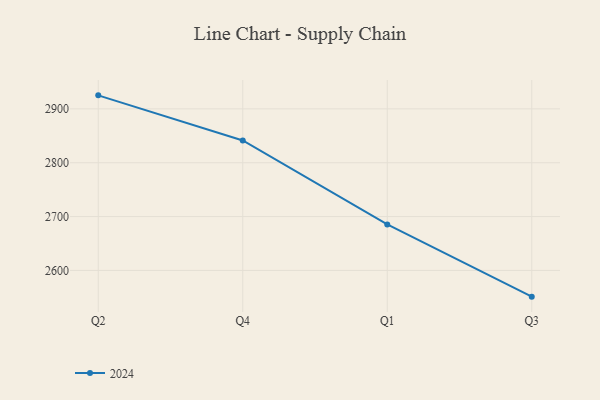
{"axis": {"x": "Quarter", "y": "Energy Usage (MWh)"}, "legend": ["2024"], "data": [{"x": "Q2", "y": 2925.1, "type": "2024"}, {"x": "Q4", "y": 2841.3, "type": "2024"}, {"x": "Q1", "y": 2685.5, "type": "2024"}, {"x": "Q3", "y": 2551.3, "type": "2024"}]}